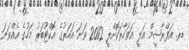
ޑރ. އަފްރާޝީމް އަލީ އަވަހާރަކޮށްލީ 2012 ވަނަ އަހަރުގެ އޮކްޓޫބަރު މަހުގެ އެއްވަނަ